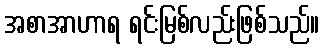
အစာအာဟာရ ရင်းမြစ်လည်းဖြစ်သည်။